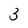
Character: 3